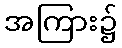
အကြား၌